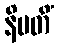
နိပတိံ